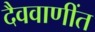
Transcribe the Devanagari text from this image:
दैववाणींत